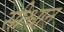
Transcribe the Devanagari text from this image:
सीश्वान